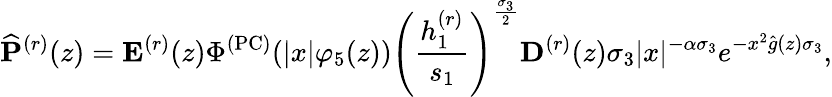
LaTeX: \widehat{\mathbf{P}}^{(r)}(z)=\mathbf{E}^{(r)}(z)\Phi^{(\mathrm{PC})}(|x|\varphi_{5}(z))\left(\frac{h_{1}^{(r)}}{s_{1}}\right)^{\frac{\sigma_{3}}{2}}\mathbf{D}^{(r)}(z)\sigma_{3}|x|^{-\alpha\sigma_{3}}e^{-x^{2}\widehat{g}(z)\sigma_{3}},